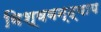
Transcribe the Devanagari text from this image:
विश्ववन्द्याय